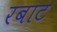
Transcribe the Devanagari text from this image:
रबाट